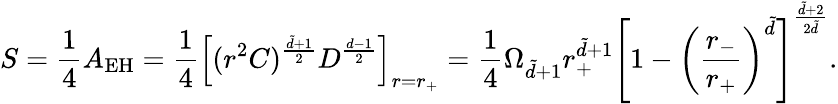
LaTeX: S=\frac{1}{4}A_{\mathrm{EH}}=\frac{1}{4}\left[(r^{2}C)^{\frac{\tilde{d}+1}{2}}D^{\frac{d-1}{2}}\right]_{r=r_{+}}=\frac{1}{4}\Omega_{\tilde{d}+1}r_{+}^{\tilde{d}+1}\left[1-\left(\frac{r_{-}}{r_{+}}\right)^{\tilde{d}}\right]^{\frac{\tilde{d}+2}{2\tilde{d}}}.